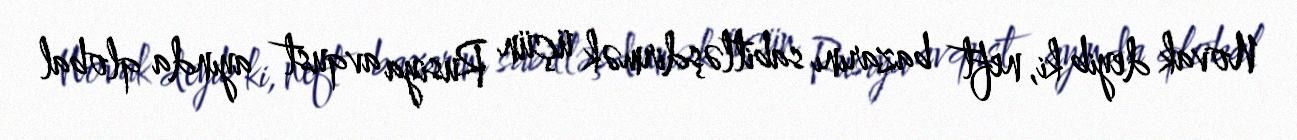
Novak deyib ki, neft bazarını sabitləşdirmək üçün Rusiya avqust ayında qlobal